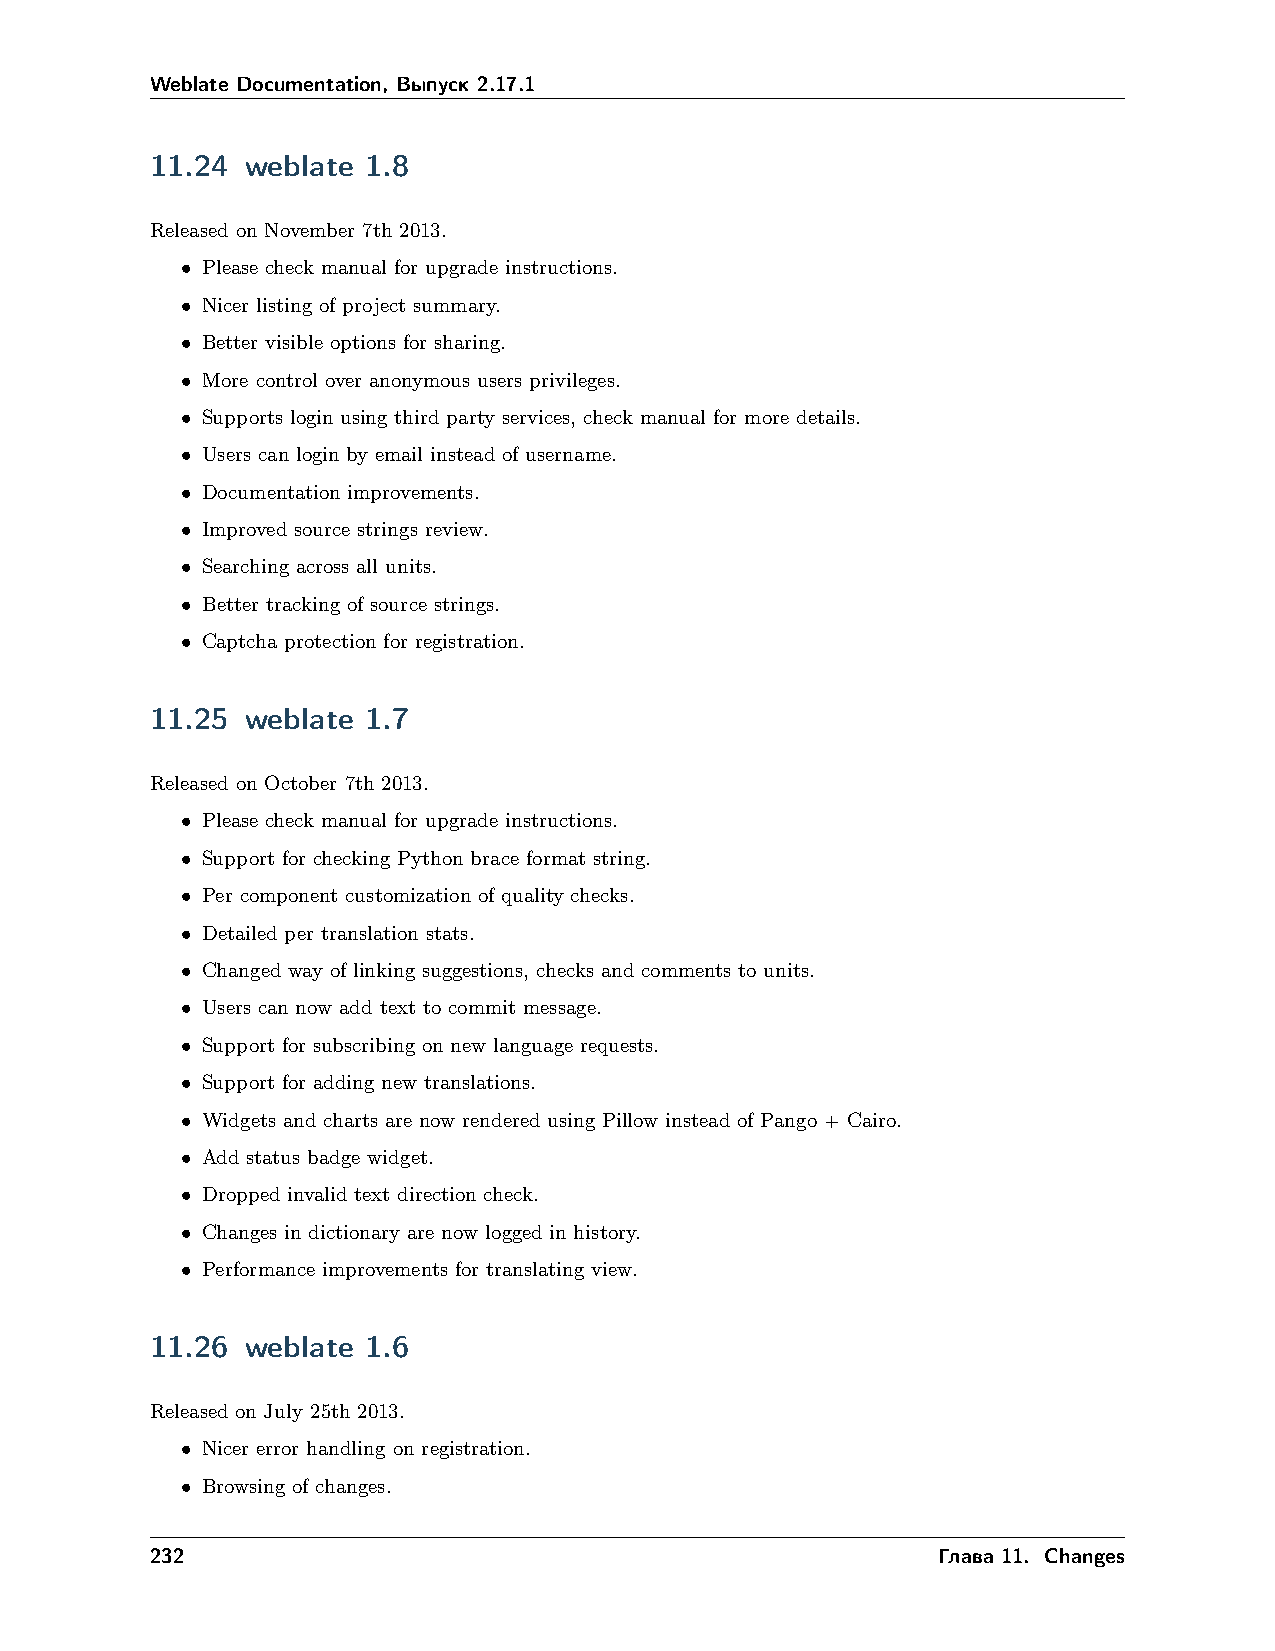
Weblate Documentation, Выпуск 2.17.1
 11.24 weblate 1.8
 Released on November 7th 2013.
 • Please check manual for upgrade instructions.
 • Nicer listing of project summary.
 • Better visible options for sharing.
 • More control over anonymous users privileges.
 • Supports login using third party services, check manual for more details.
 • Users can login by email instead of username.
 • Documentation improvements.
 • Improved source strings review.
 • Searching across all units.
 • Better tracking of source strings.
 • Captcha protection for registration.
 11.25 weblate 1.7
 Released on October 7th 2013.
 • Please check manual for upgrade instructions.
 • Support for checking Python brace format string.
 • Per component customization of quality checks.
 • Detailed per translation stats.
 • Changed way of linking suggestions, checks and comments to units.
 • Users can now add text to commit message.
 • Support for subscribing on new language requests.
 • Support for adding new translations.
 • Widgets and charts are now rendered using Pillow instead of Pango + Cairo.
 • Add status badge widget.
 • Dropped invalid text direction check.
 • Changes in dictionary are now logged in history.
 • Performance improvements for translating view.
 11.26 weblate 1.6
 Released on July 25th 2013.
 • Nicer error handling on registration.
 • Browsing of changes.
 232                                                 Глава 11. Changes